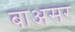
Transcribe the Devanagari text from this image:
बाअसर